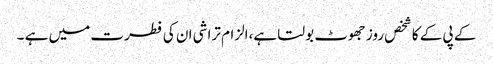
کے پی کے کا شخص روز جھوٹ بولتا ہے،الزام تراشی ان کی فطرت میں ہے ۔